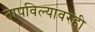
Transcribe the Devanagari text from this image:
तापविल्यावरही